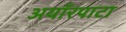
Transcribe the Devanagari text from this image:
अयाँरपाटा